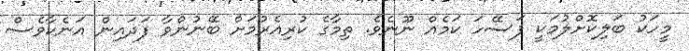
މީހަކު ބަލިކޮށްލުމަކީ ފަސޭހަ ކަމެއް ނޫނެވެ. ތިމާގެ ކުރިއެރުމަށް ބޭނުންވާ ފަދައިން އަނެކާވެސް